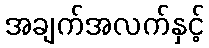
အချက်အလက်နှင့်